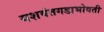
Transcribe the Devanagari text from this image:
यशवंतगडाभोवती